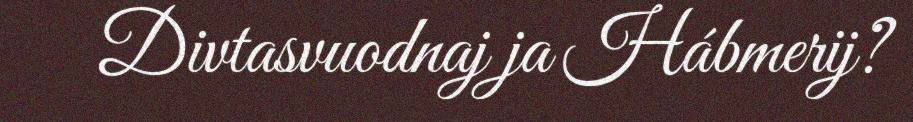
Divtasvuodnaj ja Hábmerij?